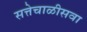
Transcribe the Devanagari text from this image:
सत्तेचाळीसवा